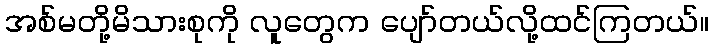
အစ်မတို့မိသားစုကို လူတွေက ပျော်တယ်လို့ထင်ကြတယ်။